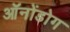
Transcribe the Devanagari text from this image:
ऑनोंडोग